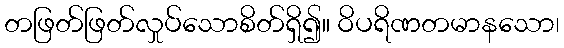
တဖြတ်ဖြတ်လှုပ်သောစိတ်ရှိ၍။ ဝိပရိဏတမာနသော၊